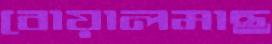
বোয়ালমাছ